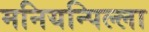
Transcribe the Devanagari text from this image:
मनियन्पिल्ला